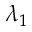
\lambda _ { 1 }